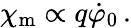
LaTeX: \chi_{\mathrm{m}}\propto q\dot{\varphi}_{0}\, .